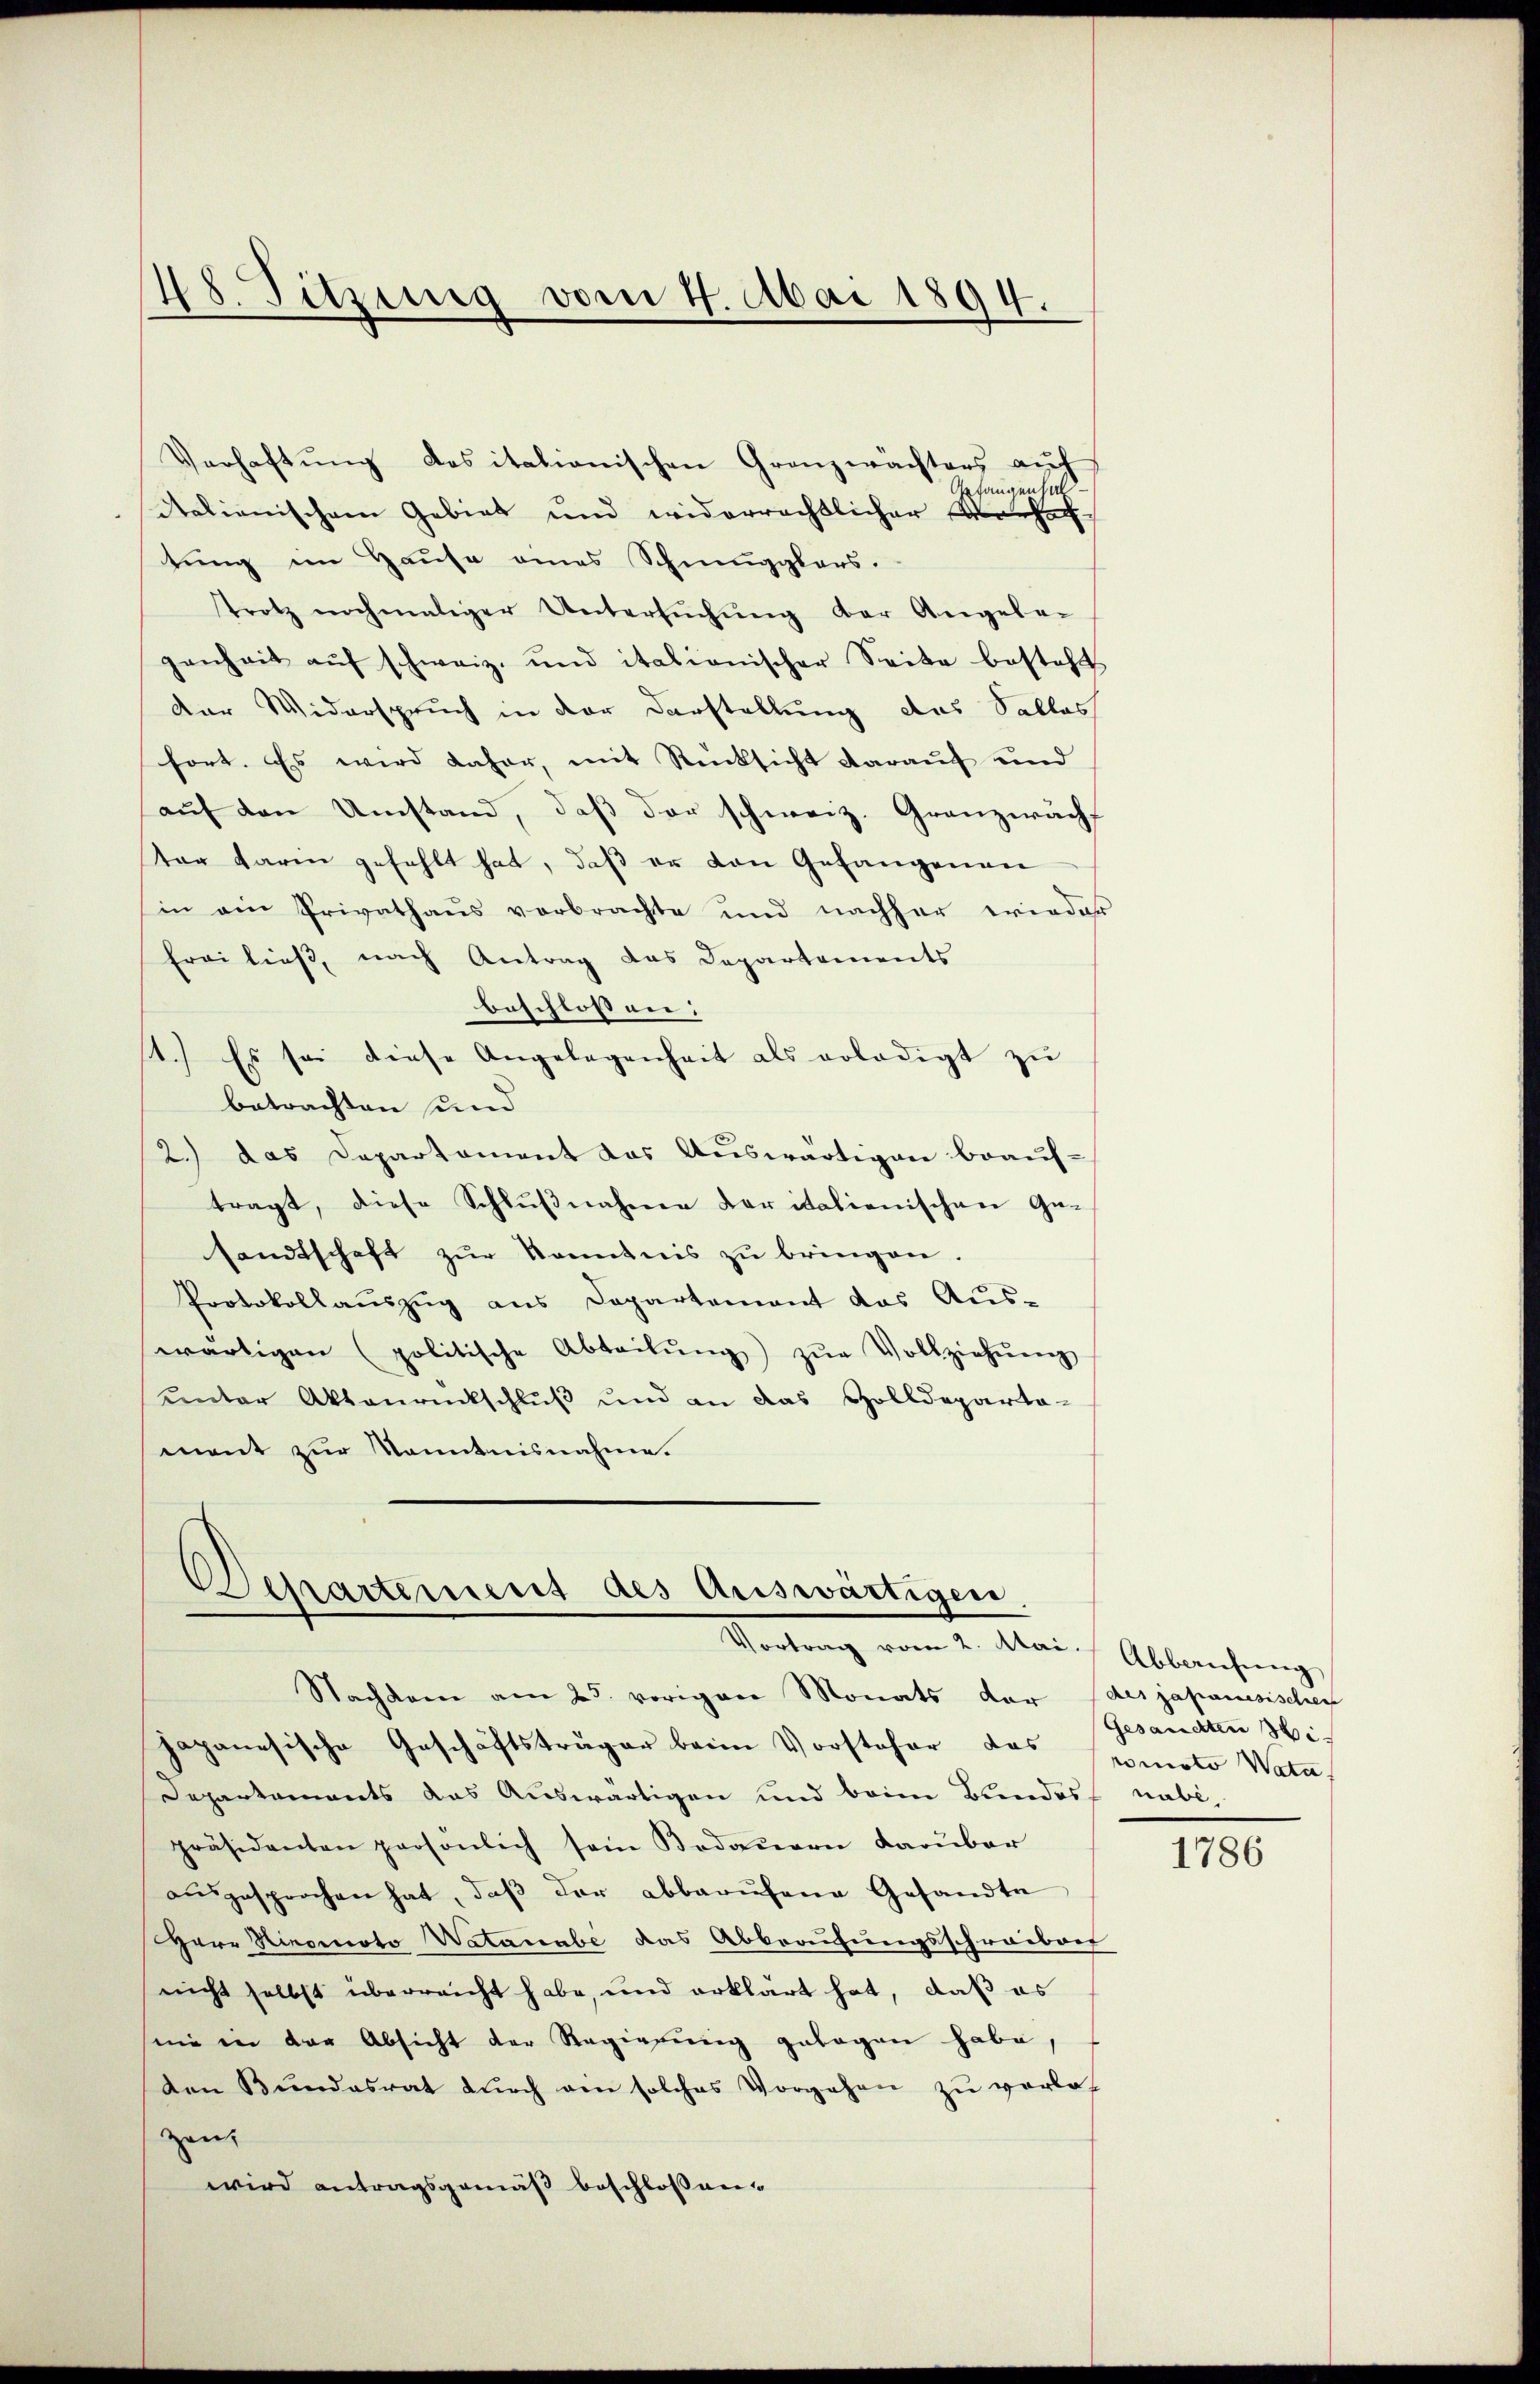
48. Sitzung vom 4. Mai 1894.

Verhaftung des italionischen Granzwächters auf
 langenhal
italienischem Gebiet und widerrechtlicher Verhaf
tung im Hause eines Schmugglers.
trotz nochmaliger Untersŭchŭng der Angele-
genheit aŭf schweiz. und italionischer Seite besteht
Der Widerspruch in der Darstellung des Sallas
fort. Es wird daher, mit Rücksicht darauf und
aŭf den Umstand, daß der schweiz. Granzwächt
ter darin gefehlt hat, daß er von Gefangenen
in ein Privathaŭs verbrachte und nachher wieder
freiließ, nach Antrag das Departements
beschlossen: |
1.) Es sei diese Angelegenheit als erledigt zu
betrachten und
2.) das Departement das Auswärtigen beauftragt, diese Schlŭβnahme der italienischen Ge-
sandtschaft zŭr Kenntnis zŭ bringen.
Protokollauszug aus Departement das Aus-
wärtigen (politische Abteilŭng zŭr Vollziehŭng
unter Aktenrückschluß und an das Zolldeparta-
mant zur Kenntnisnahme

Separtement des Auswärtigen
Vortrag vom 2. Mai Abbausung
Nachdem am 25. vorigen Monats der des japanesischen

japanesische Geschäftsträger beim Vorsteher das moto Vate
Departements das Auswärtigen und beim Bandes nabe
präsidenten persönlich sein Bedauern darŭber
aŭsgesprochen hat, daβ der abbarŭfene Gesandte
Herr Hironoto Natanabe das Abberufungsschreibens
nicht selbst überreicht habe, und erklärt hat, daß es
nie in der Absicht der Regierung gelegen habe,
den Bŭndesrat dŭrch ein solches Vorgehen zŭ verla
zeit
wird antragsgemäß beschlossen.

Gesandten si

1786